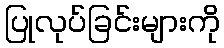
ပြုလုပ်ခြင်းများကို